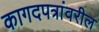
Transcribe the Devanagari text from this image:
कागदपत्रांवरील